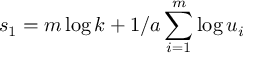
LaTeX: s _ { 1 } = m \log k + 1 / a \sum _ { i = 1 } ^ { m } \log u _ { i }